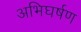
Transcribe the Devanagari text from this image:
अभिघर्षण